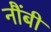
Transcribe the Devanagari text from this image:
नौंबी